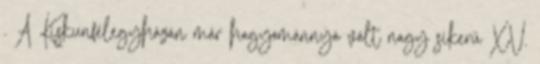
. A Kiskunfélegyházán már hagyománnyá vált nagy sikerű XV.